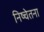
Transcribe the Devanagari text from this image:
निष्चेतना